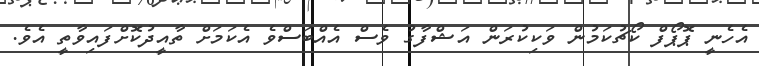
އެހެނީ ޕޮޕޯފް ކޯޗުކަމުން ވަކިކުރަން އަޝްފާގު ވެސް އެއްބަސްވެ އެކަމަށް ތާއީދުކޮށްފައިވާތީ އެވެ.